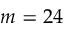
m = 2 4